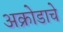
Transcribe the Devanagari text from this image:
अक्रोडाचे